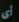
أي